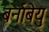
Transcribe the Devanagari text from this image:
बर्नाबेयु